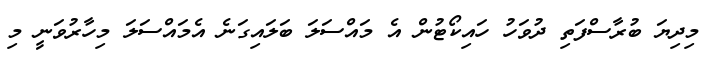
މިދިޔަ ބުރާސްފަތި ދުވަހު ހައިކޯޓުން އެ މައްސަލަ ބަލައިގަނެ އެމައްސަލަ މިހާރުވަނީ މި